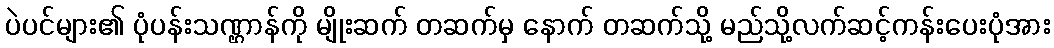
ပဲပင်များ၏ ပုံပန်းသဏ္ဌာန်ကို မျိုးဆက် တဆက်မှ နောက် တဆက်သို့ မည်သို့လက်ဆင့်ကန်းပေးပုံအား